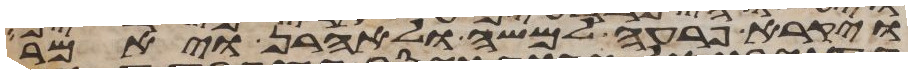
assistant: ויקרא פרעה למשה ולאהרן ויאמר